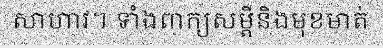
សាហាវ។ ទាំងពាក្យសម្តីនិងមុខមាត់